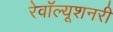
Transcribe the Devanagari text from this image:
रेवॉल्यूशनरी